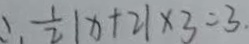
\therefore \frac { 1 } { 2 } \vert x + 2 \vert \times 3 = 3 .